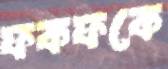
ফকফকে